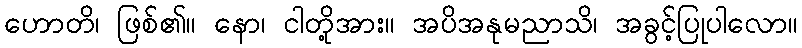
ဟောတိ၊ ဖြစ်၏။ နော၊ ငါတို့အား။ အပိအနုမညာသိ၊ အခွင့်ပြုပါလော။